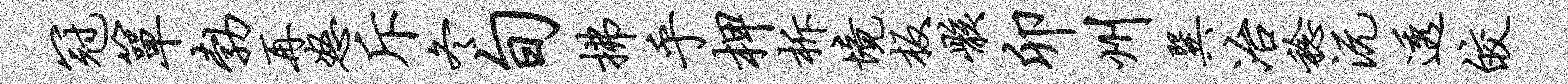
冠箪勃再怒斥冬旬拂乎柙柝境板骸卯州巽冶稔沅透皎